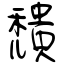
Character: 穨